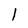
Character: 1